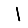
Digit: 1